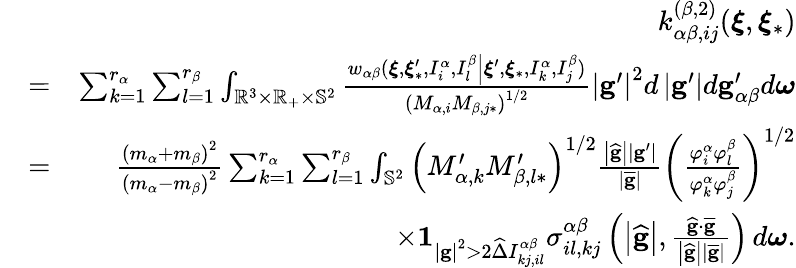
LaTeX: \begin{array}{rlr}&{}&{k_{\alpha\beta,ij}^{\left(\beta,2\right)}(\boldsymbol{\xi},\boldsymbol{\xi}_{\ast})}\\ &{=}&{\sum_{k=1}^{r_{\alpha}}\sum_{l=1}^{r_{\beta}}\int_{\mathbb{R}^{3}\times\mathbb{R}_{+}\times\mathbb{S}^{2}}\frac{w_{\alpha\beta}(\boldsymbol{\xi},\boldsymbol{\xi}_{\ast}^{\prime},I_{i}^{\alpha},I_{l}^{\beta}\left\vert\boldsymbol{\xi}^{\prime},\boldsymbol{\xi}_{\ast},I_{k}^{\alpha},I_{j}^{\beta}\right.)}{\left(M_{\alpha,i}M_{\beta,j\ast}\right)^{1/2}}\left\vert\mathbf{g}^{\prime}\right\vert^{2}d\left\vert\mathbf{g}^{\prime}\right\vert d\mathbf{g}_{\alpha\beta}^{\prime}d\boldsymbol{\omega}}\\ &{=}&{\frac{\left(m_{\alpha}+m_{\beta}\right)^{2}}{\left(m_{\alpha}-m_{\beta}\right)^{2}}\sum_{k=1}^{r_{\alpha}}\sum_{l=1}^{r_{\beta}}\int_{\mathbb{S}^{2}}\left(M_{\alpha,k}^{\prime}M_{\beta,l\ast}^{\prime}\right)^{1/2}\frac{\left\vert\widehat{\mathbf{g}}\right\vert\left\vert\mathbf{g}^{\prime}\right\vert}{\left\vert\overline{{\mathbf{g}}}\right\vert}\left(\frac{\varphi_{i}^{\alpha}\varphi_{l}^{\beta}}{\varphi_{k}^{\alpha}\varphi_{j}^{\beta}}\right)^{1/2}}\\ &{}&{\times\mathbf{1}_{\left\vert\mathbf{g}\right\vert^{2}>2\widehat{\Delta}I_{kj,il}^{\alpha\beta}}\sigma_{il,kj}^{\alpha\beta}\left(\left\vert\widehat{\mathbf{g}}\right\vert,\frac{\widehat{\mathbf{g}}\cdot\overline{{\mathbf{g}}}}{\left\vert\widehat{\mathbf{g}}\right\vert\left\vert\overline{{\mathbf{g}}}\right\vert}\right)\, d\boldsymbol{\omega}\mathrm{.}}\end{array}